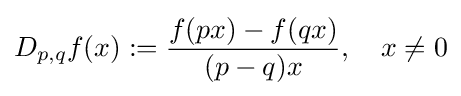
D_{p,q}f(x):={\frac {f(px)-f(qx)}{(p-q)x}},\quad x\neq 0